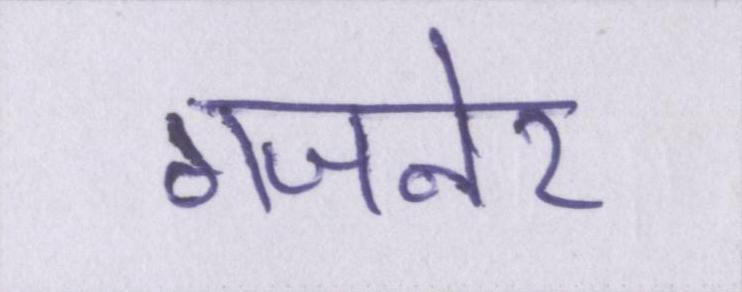
गजनेर